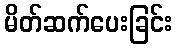
မိတ်ဆက်ပေးခြင်း